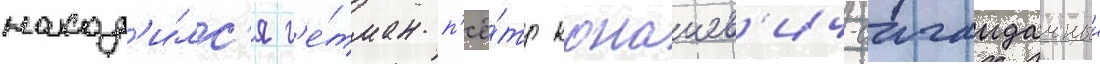
наход'и́лс'я г'е́тман п'ё́тр конашев'ич-сагаидачныи